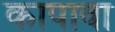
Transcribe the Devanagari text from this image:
कापावा